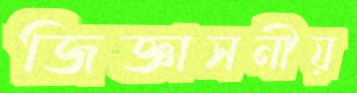
জিজ্ঞাসনীয়